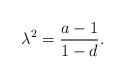
\begin{align*}\lambda^2=\frac{a-1}{1-d}. \end{align*}